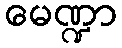
မေဏ္ဍာ